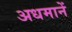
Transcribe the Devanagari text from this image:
अधमानें